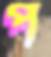
প্